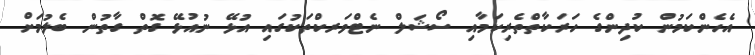
އެހެންކަމުން ކުދިންގެ ހަރަކާތްތެރިކަމާއި ސޯޝަލް ނެޓްވަރކްތަކުގައި އުޅޭ ނުއުޅޭ ގޮތް ގާތުން ބެލުމަށް